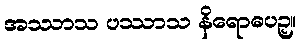
အဿာသ ပဿာသ နိရောဓပဉှ။